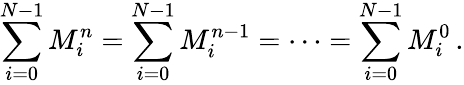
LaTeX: \sum_{i=0}^{N-1}M_{i}^{n}=\sum_{i=0}^{N-1}M_{i}^{n-1}=\cdots=\sum_{i=0}^{N-1}M_{i}^{0}\, .